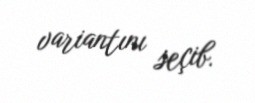
variantını seçib.